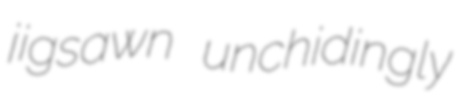
jigsawn unchidingly